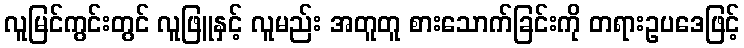
လူမြင်ကွင်းတွင် လူဖြူနှင့် လူမည်း အတူတူ စားသောက်ခြင်းကို တရားဥပဒေဖြင့်